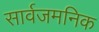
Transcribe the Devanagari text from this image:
सार्वजमनिक